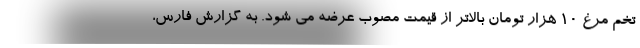
تخم مرغ 10 هزار تومان بالاتر از قیمت مصوب عرضه می شود. به گزارش فارس،